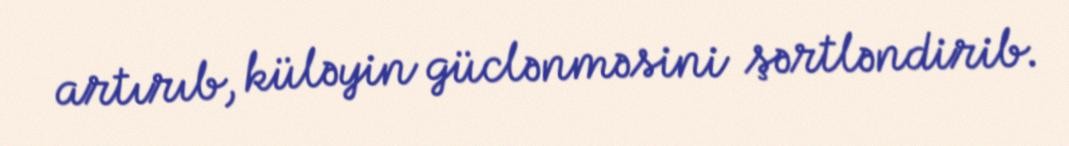
artırıb, küləyin güclənməsini şərtləndirib.